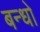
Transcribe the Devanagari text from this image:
बन्धो